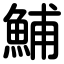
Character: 鯆